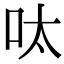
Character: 呔